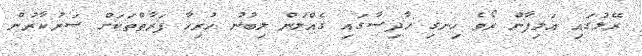
ރޭލުގައި އަލިފާން ރޯވެ ހިނގި ހާދިސާގައި ގެއްލުން ލިބުނު ހުރިހާ ފަރާތްތަކަށް ސަރުކާރުން